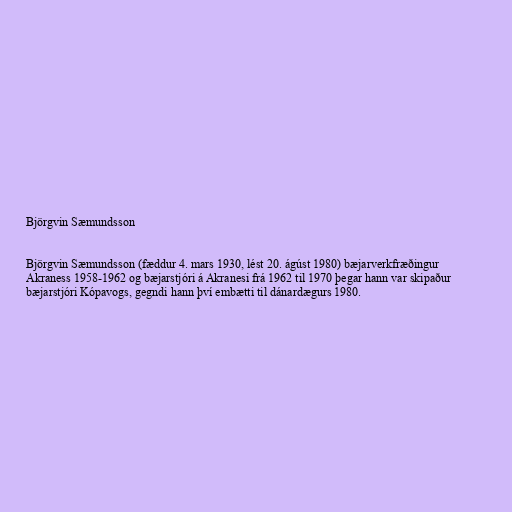
Björgvin Sæmundsson

Björgvin Sæmundsson (fæddur 4. mars 1930, lést 20. ágúst 1980) bæjarverkfræðingur
Akraness 1958-1962 og bæjarstjóri á Akranesi frá 1962 til 1970 þegar hann var skipaður
bæjarstjóri Kópavogs, gegndi hann því embætti til dánardægurs 1980.